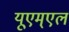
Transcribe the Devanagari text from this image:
यूएम्एल